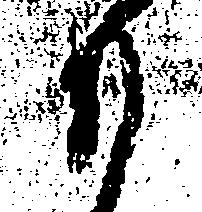
も